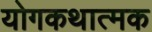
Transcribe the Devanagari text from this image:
योगकथात्मक